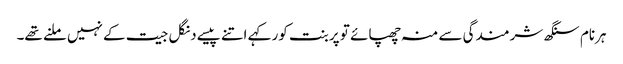
ہرنام سنگھ شرمندگی سے منہ چھپائے تو پربنت کور کہے اتنے پیسے دنگل جیت کے نہیں ملنے تھے۔